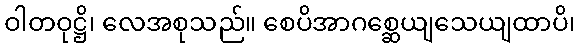
ဝါတဝုဋ္ဌိ၊ လေအစုသည်။ စေပိအာဂစ္ဆေယျသေယျထာပိ၊